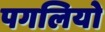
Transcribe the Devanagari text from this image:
पगलियो